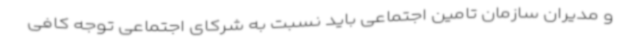
و مدیران سازمان تامین اجتماعی باید نسبت به شرکای اجتماعی توجه کافی